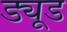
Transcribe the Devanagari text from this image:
ड्यूड